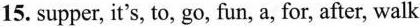
15. supper, it's, to, go, fun, a, for, after, walk